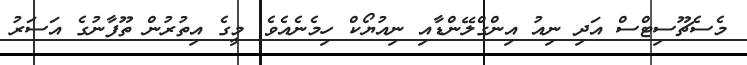
މެސެޗޫސިޓްސް އަދި ނިއު އިންގްލޭންޑާއި ނިއުޔޯކް ހިމެނެއެވެ. މީގެ އިތުރުން ތޫފާނުގެ އަސަރު